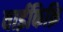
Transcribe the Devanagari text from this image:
वाईकिक़ि